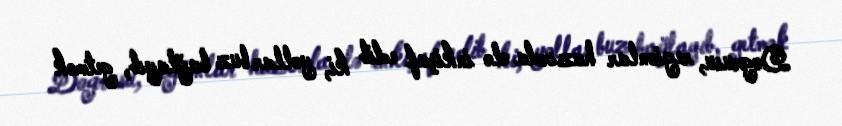
Dogrusu, regionlar hazırda elə inkişaf edib ki, yollar buz bağlayıb, getmək